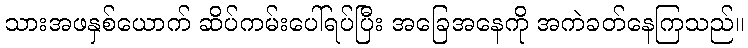
သားအဖနှစ်ယောက် ဆိပ်ကမ်းပေါ်ရပ်ပြီး အခြေအနေကို အကဲခတ်နေကြသည်။